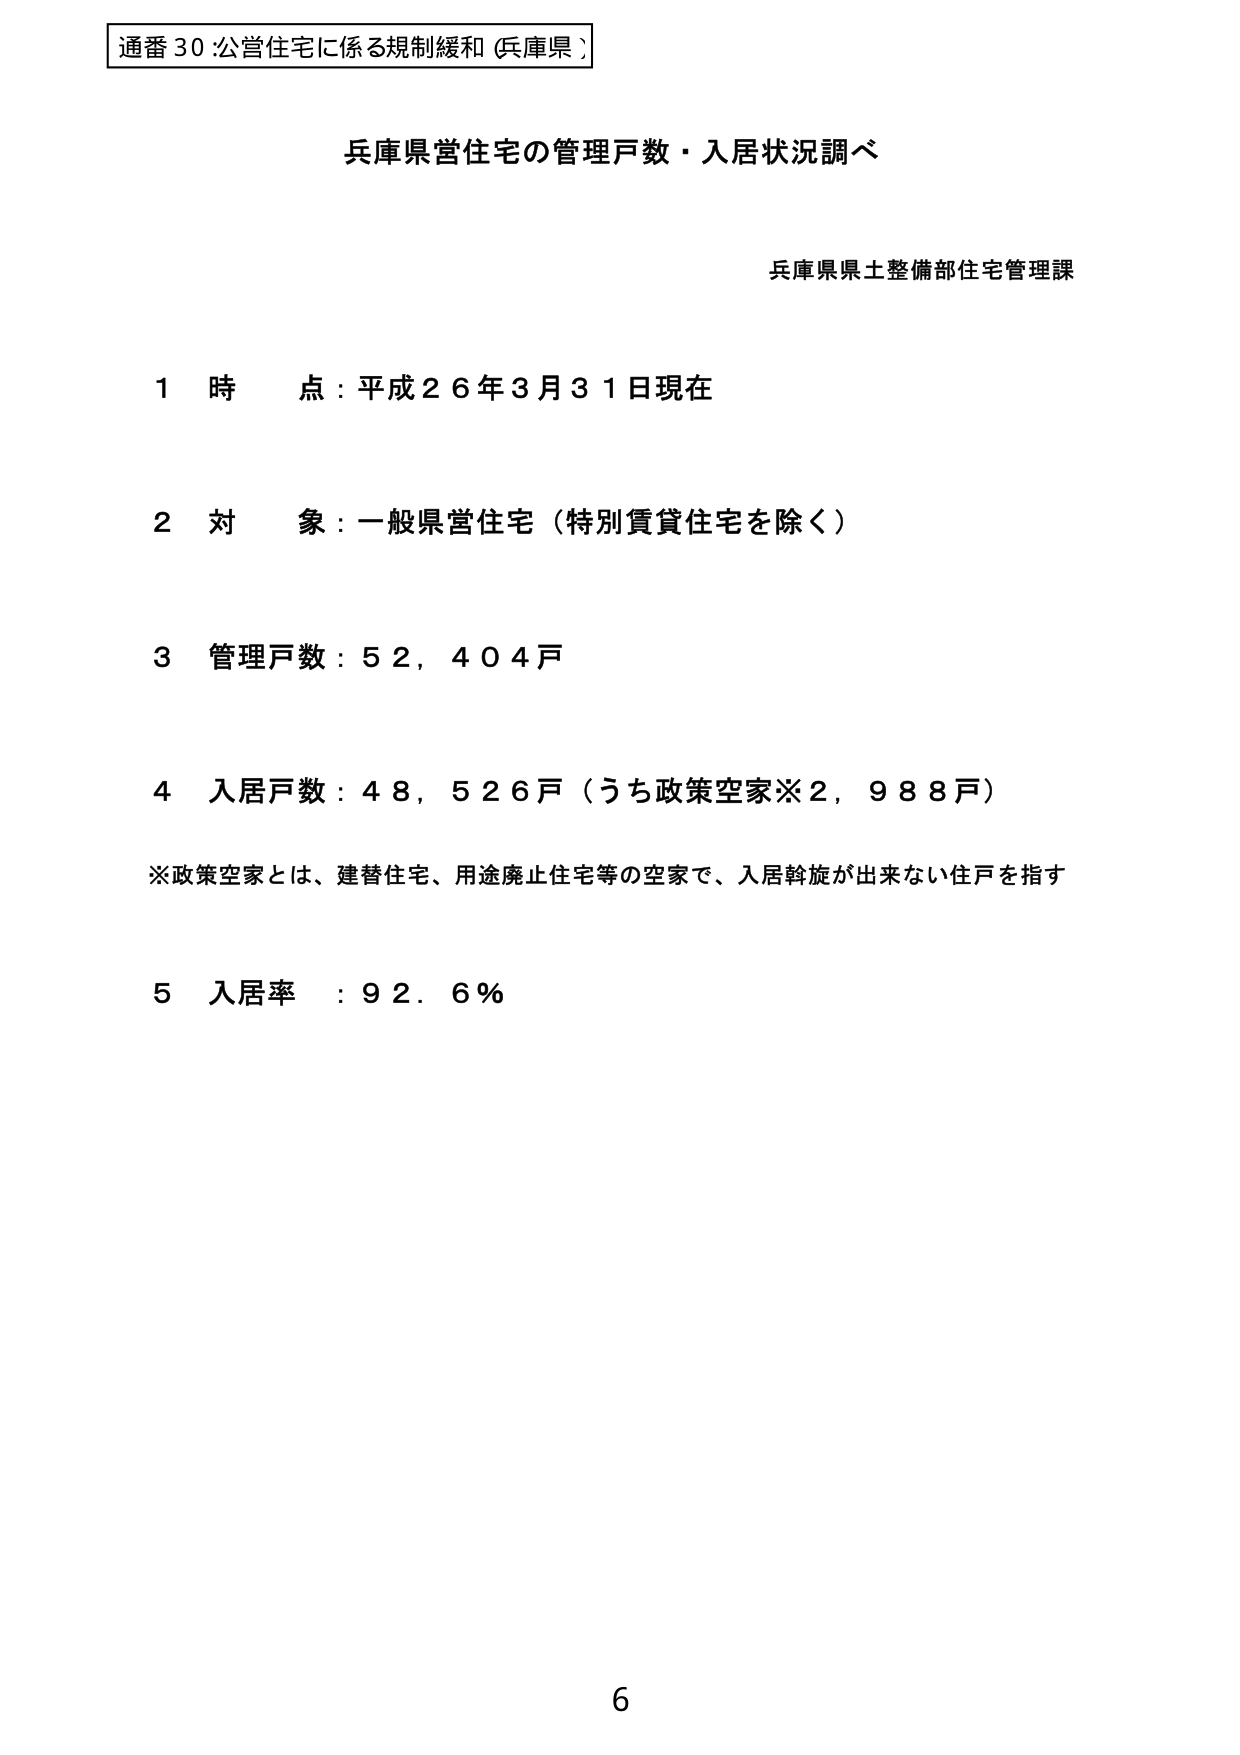
通番30:公営住宅に係る規制緩和(兵庫県)

兵庫県営住宅の管理戸数・入居状況調べ

兵庫県県土整備部住宅管理課

1 時点：平成26年3月31日現在

2 対象：一般県営住宅（特別賃貸住宅を除く）

3 管理戸数：52,404戸

4 入居戸数：48,526戸（うち政策空家※2,988戸）

※政策空家とは、建替住宅、用途廃止住宅等の空家で、入居斡旋が出来ない住戸を指す

5 入居率：92.6%

6